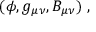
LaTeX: ( \phi , g _ { \mu \nu } , B _ { \mu \nu } ) \ ,